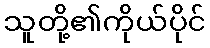
သူတို့၏ကိုယ်ပိုင်